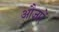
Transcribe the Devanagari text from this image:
औजारें